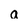
Character: a